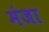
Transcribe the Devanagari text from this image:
मंजा